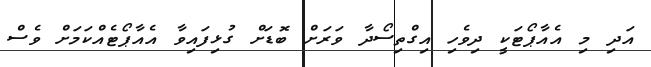
އަދި މި އެއާޕޯޓަކީ ދިވެހި އިގްތިސޯދާ ވަރަށް ބޮޑަށް ގުޅިފައިވާ އެއާޕޯޓެއްކަމަށް ވެސް